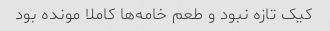
کیک تازه نبود و طعم خامه‌ها کاملا مونده بود